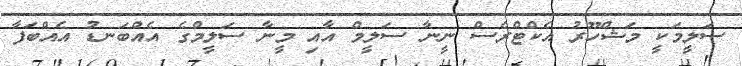
ސަލީމަކީ މަޝްހޫރު އެކްޓްރެސް ނީނާ ސަލީމް އާއި މީނާ ސަލީމްގެ އެއްބަނޑު އެއްބަފާ